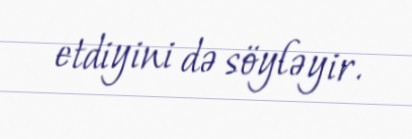
etdiyini də söyləyir.